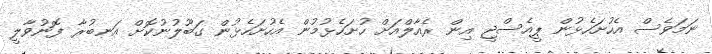
ނަމަވެސް އެހުށަހެޅުން ޕީއެސްޖީ އިން ރެއާލްއަށް ހުށަހެޅުމުން އެހުށަހެޅުން ގަބޫލުނުކޮށް އަނބުރާ ފޮނުވާލީ